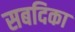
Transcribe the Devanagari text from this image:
सबदिका